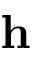
\ensuremath \mathbf { h }